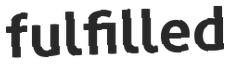
fulfilled